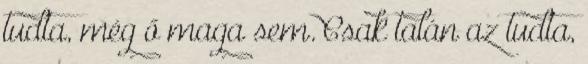
tudta, még ő maga sem. Csak talán az tudta,